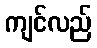
ကျင်လည်